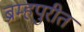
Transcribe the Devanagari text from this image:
ब्रम्हपुरीत